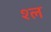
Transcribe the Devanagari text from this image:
श्‍ल